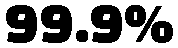
99.9%